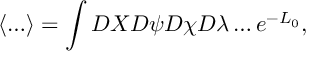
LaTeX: \left\langle \ldots \right\rangle = \int { \cal D } X { \cal D } \psi { \cal D } \chi { \cal D } \lambda \ldots e ^ { - { \cal L } _ { 0 } } ,